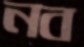
নব